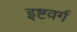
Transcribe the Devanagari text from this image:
इष्टवर्ग